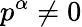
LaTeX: p^{\alpha}\neq 0